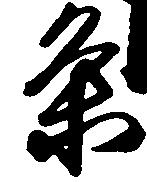
条